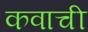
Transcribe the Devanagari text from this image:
कवाची